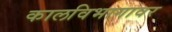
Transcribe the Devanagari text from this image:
कालविभागावर